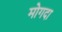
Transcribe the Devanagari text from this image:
मोगदा